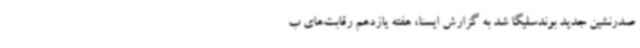
صدرنشین جدید بوندسلیگا شد به گزارش ایسنا، هفته یازدهم رقابت‌های ب